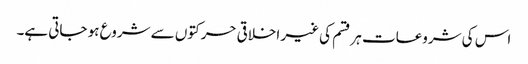
اس کی شروعات ہر قسم کی غیر اخلاقی حرکتوں سے شروع ہو جاتی ہے۔